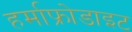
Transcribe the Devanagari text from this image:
हर्माफ्रोडाइट